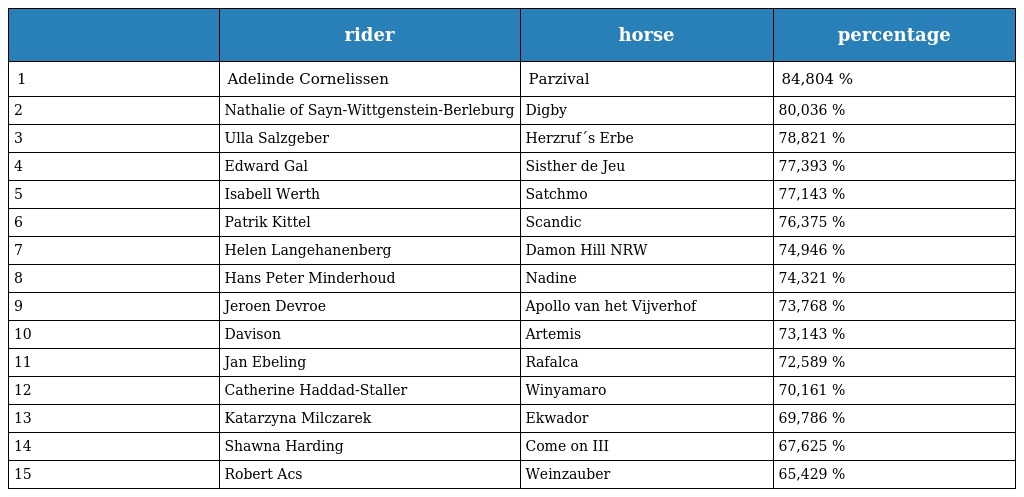
|  | rider | horse | percentage |
 | --- | --- | --- | --- |
 | 1 | Adelinde Cornelissen | Parzival | 84,804 % |
 | 2 | Nathalie of Sayn-Wittgenstein-Berleburg | Digby | 80,036 % |
 | 3 | Ulla Salzgeber | Herzruf´s Erbe | 78,821 % |
 | 4 | Edward Gal | Sisther de Jeu | 77,393 % |
 | 5 | Isabell Werth | Satchmo | 77,143 % |
 | 6 | Patrik Kittel | Scandic | 76,375 % |
 | 7 | Helen Langehanenberg | Damon Hill NRW | 74,946 % |
 | 8 | Hans Peter Minderhoud | Nadine | 74,321 % |
 | 9 | Jeroen Devroe | Apollo van het Vijverhof | 73,768 % |
 | 10 | Davison | Artemis | 73,143 % |
 | 11 | Jan Ebeling | Rafalca | 72,589 % |
 | 12 | Catherine Haddad-Staller | Winyamaro | 70,161 % |
 | 13 | Katarzyna Milczarek | Ekwador | 69,786 % |
 | 14 | Shawna Harding | Come on III | 67,625 % |
 | 15 | Robert Acs | Weinzauber | 65,429 % |